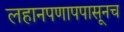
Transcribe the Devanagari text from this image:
लहानपणापपासूनच